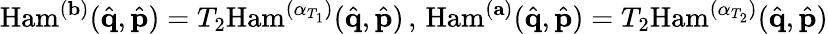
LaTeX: \mathrm{Ham}^{(\mathbf{b})}(\hat{\mathbf{q}},\hat{\mathbf{p}})=T_{2}\mathrm{Ham}^{(\mathbf{\alpha}_{T_{1}})}(\hat{\mathbf{q}},\hat{\mathbf{p}})\, ,\, \mathrm{Ham}^{(\mathbf{a})}(\hat{\mathbf{q}},\hat{\mathbf{p}})=T_{2}\mathrm{Ham}^{(\mathbf{\alpha}_{T_{2}})}(\hat{\mathbf{q}},\hat{\mathbf{p}})